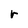
Character: r